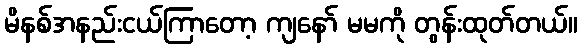
မိနစ်အနည်းငယ်ကြာတော့ ကျနော် မမကို တွန်းထုတ်တယ်။